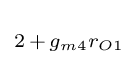
\scriptstyle 2\,+\,g_{m4}r_{O1}